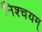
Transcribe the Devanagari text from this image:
निश्चयम्